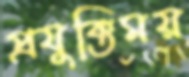
প্রযুক্তিময়